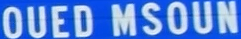
QUEDMSOUN